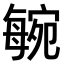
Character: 𣫼